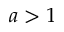
a > 1